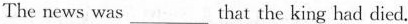
The news was___that the king had died.